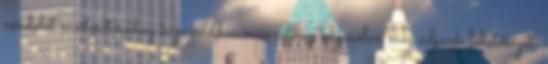
rendelet módosításához kapcsolódva más célhoz kapcsolva még adjunk lehetőséget.